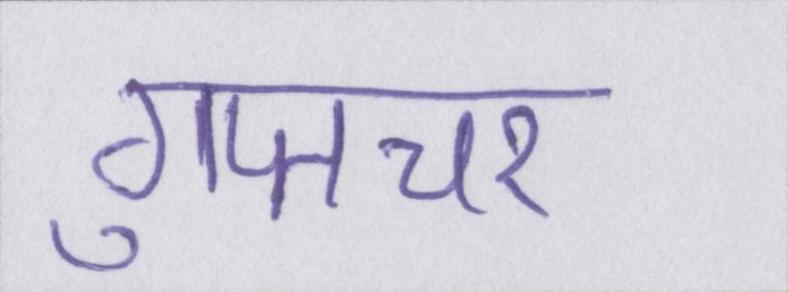
गुप्तचर